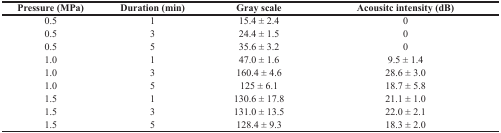
<table><thead><tr><td><b>Pressure (MPa)</b></td><td><b>Duration (min)</b></td><td><b>Gray scale</b></td><td><b>Acousitc intensity (dB)</b></td></tr></thead><tbody><tr><td>0.5</td><td>1</td><td>15.4 ± 2.4</td><td>0</td></tr><tr><td>0.5</td><td>3</td><td>24.4 ± 1.5</td><td>0</td></tr><tr><td>0.5</td><td>5</td><td>35.6 ± 3.2</td><td>0</td></tr><tr><td>1.0</td><td>1</td><td>47.0 ± 1.6</td><td>9.5 ± 1.4</td></tr><tr><td>1.0</td><td>3</td><td>160.4 ± 4.6</td><td>28.6 ± 3.0</td></tr><tr><td>1.0</td><td>5</td><td>125 ± 6.1</td><td>18.7 ± 5.8</td></tr><tr><td>1.5</td><td>1</td><td>130.6 ± 17.8</td><td>21.1 ± 1.0</td></tr><tr><td>1.5</td><td>3</td><td>131.0 ± 13.5</td><td>22.0 ± 2.1</td></tr><tr><td>1.5</td><td>5</td><td>128.4 ± 9.3</td><td>18.3 ± 2.0</td></tr></tbody></table>